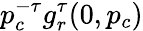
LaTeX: p_{c}^{-\tau}g_{r}^{\tau}(0,p_{c})